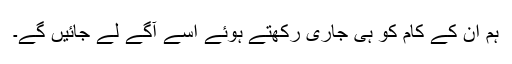
ہم ان کے کام کو ہی جاری رکھتے ہوئے اسے آگے لے جائیں گے۔